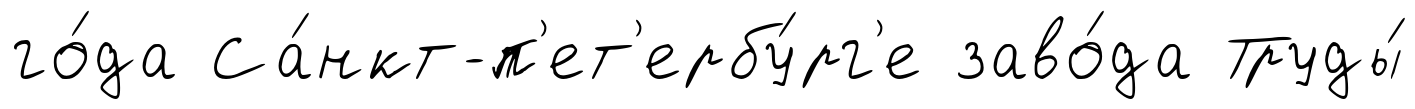
го́да Са́нкт-п'ет'ербу́рг'е заво́да Труды́